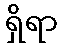
ရှိရာ